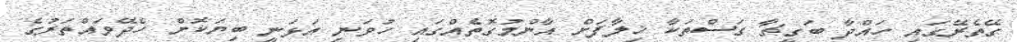
ގޭތެރޭގައި ހައްދާ ބަގީޗާ ގަސްތަކާ ޚިލާފަށް އާންމުގޮތެއްގައި ހުވަނި އަޅަނީ ބިޔަކޮށް ހެދޭވައްތަރުގެ